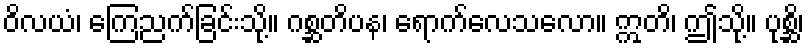
ဝိလယံ၊ ကြေညက်ခြင်းသို့။ ဂစ္ဆတိပန၊ ရောက်လေသလော။ ဣတိ၊ ဤသို့။ ပုစ္ဆိ၊